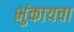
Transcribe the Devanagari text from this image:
भुंकायचा